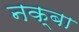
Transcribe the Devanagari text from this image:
नक्बा